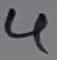
Text: 4